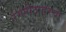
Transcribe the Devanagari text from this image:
रंगपीठावरचा